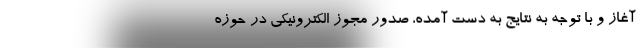
آغاز و با توجه به نتایج به دست آمده، صدور مجوز الکترونیکی در حوزه